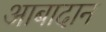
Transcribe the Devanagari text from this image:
आबादान